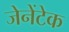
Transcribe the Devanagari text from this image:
जेनेंटेक